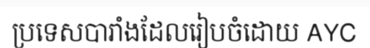
ប្រទេសបារាំងដែលរៀបចំដោយ AYC